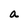
Character: a